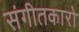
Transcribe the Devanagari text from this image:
संगीतकारो